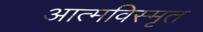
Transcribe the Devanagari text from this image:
आत्‍मविस्‍मृत